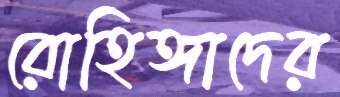
রোহিঙ্গাদের